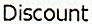
DISCOUNT